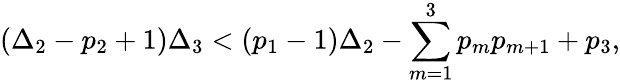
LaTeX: \left(\Delta_{2}-p_{2}+1\right)\Delta_{3}<\left(p_{1}-1\right)\Delta_{2}-\sum_{m=1}^{3}p_{m}p_{m+1}+p_{3},